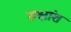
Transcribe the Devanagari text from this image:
रुक्षांश